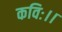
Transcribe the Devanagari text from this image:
कविः।।